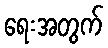
ရေးအတွက်